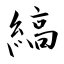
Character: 縞